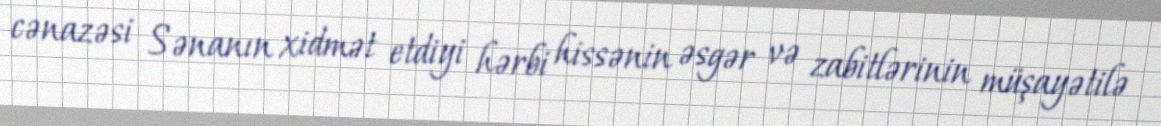
cənazəsi Sənanın xidmət etdiyi hərbi hissənin əsgər və zabitlərinin müşayətilə